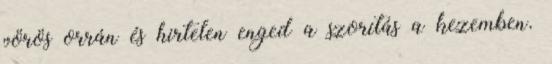
vörös orrán és hirtelen enged a szorítás a kezemben.